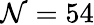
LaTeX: \mathcal{N}=54